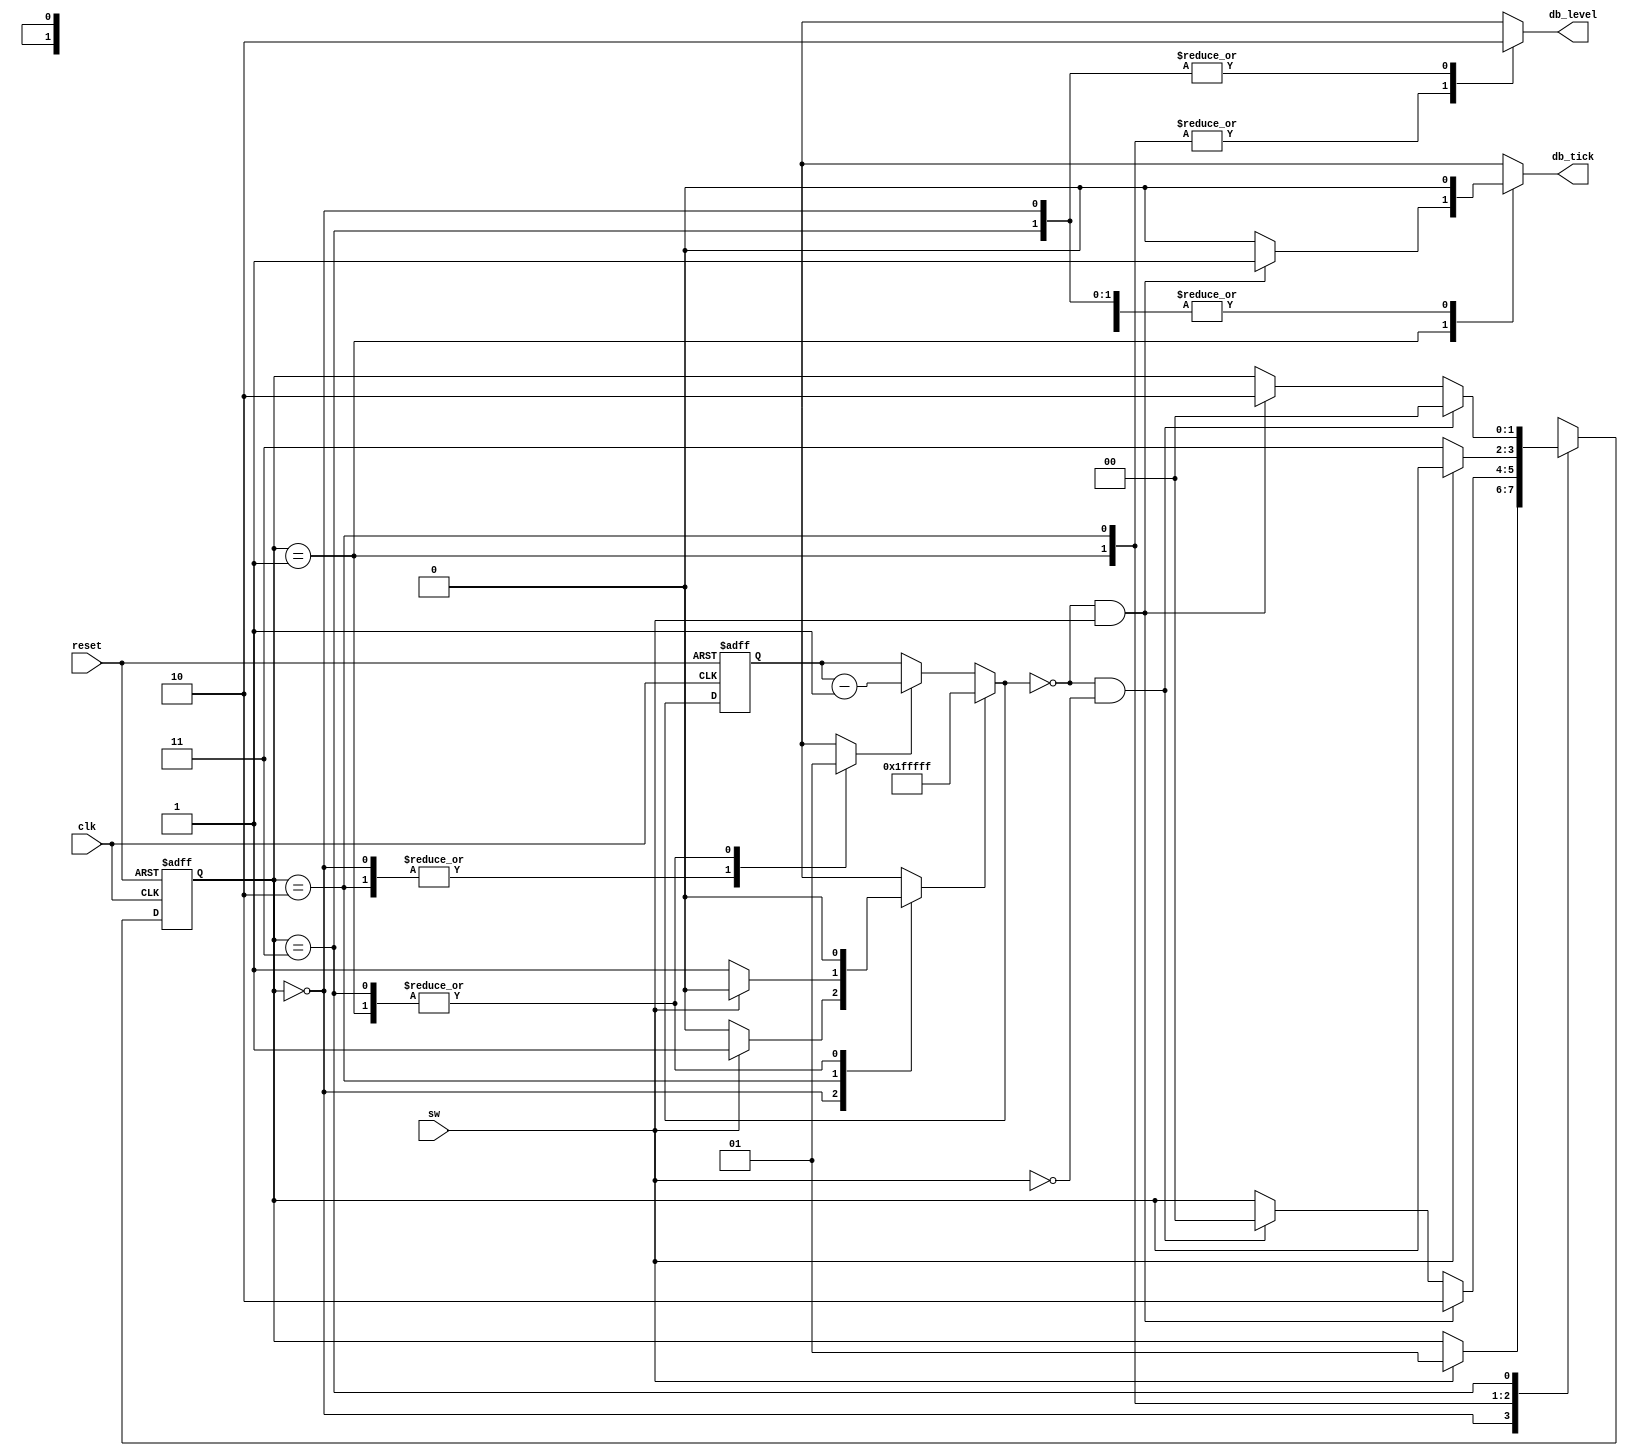
`timescale 1ns / 1ps
//////////////////////////////////////////////////////////////////////////////////
// Company: 
// Engineer: 
// 
// Design Name: 
// Module Name: debounce_FSMD
// Project Name: 
// Target Devices: 
// Tool Versions: 
// Description: 
// 
// Dependencies: 
// 
// Revision:
// Revision 0.01 - File Created
// Additional Comments:
// 
//////////////////////////////////////////////////////////////////////////////////


module debounce_FSMD(
    input clk, reset,
    input sw,
    output reg db_level, db_tick
    );
    
    //state declarations
    localparam [1:0] zero = 2'b00,
                     wait1 = 2'b01,
                     one = 2'b10,
                     wait0 = 2'b11;
   //counter integer for wait tick (2^N * 10ns = 20ms)
   parameter N = 21;
   
   //signal declaration
   reg [1:0] state_reg, state_next;
   reg [N-1:0] q_reg;    //count register in data path
   wire [N-1:0] q_next;
   wire q_zero;          //internal status signal to control path
   reg q_load, q_dec;    //control signals to data path
   
   //FSMD state and data registers
   always @(posedge clk, posedge reset)
    if(reset)
        begin
            state_reg <= zero;
            q_reg <= 0;
        end
    else
        begin
            state_reg <= state_next;
            q_reg <= q_next;
        end
    
    //FSMD data path (counter) next-state logic
    assign q_next = (q_load) ? {N{1'b1}} :       //load 1...1 
                    (q_dec)  ? q_reg - 1 :       //decrement q by 1
                               q_reg;
    
    assign q_zero = (q_next == 0);
    
    //FSMD control path next-state logic
    always @*
    begin
        state_next = state_reg;
        q_load = 1'b0;
        q_dec = 1'b0;
        db_tick = 1'b0;
        
        case(state_reg)
            zero:
                begin
                    db_level = 1'b0;
                    if(sw)
                        begin
                            state_next = wait1;
                            q_load = 1'b1;       //loads coutner to 1...1
                        end
                end
            wait1:
                begin
                    db_level = 1'b1;
                    q_dec = 1'b1;
                    if(q_zero && sw)
                        begin
                            state_next = one;
                            db_tick = 1'b1;
                        end
                    else if(q_zero && ~sw)
                        state_next = zero;
                
                end
            one:
                begin
                    db_level = 1'b1;
                    if(~sw)
                        begin
                            state_next = wait0;
                            q_load = 1'b1;
                        end
                end
            wait0:
                begin
                    db_level = 1'b0;
                    q_dec = 1'b1;
                    if(q_zero && ~sw)
                        state_next = zero;
                    else if(q_zero && sw)
                        state_next = one;
                end
            default: state_next = zero;
        endcase
    end
    
endmodule